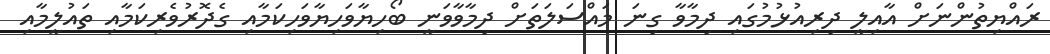
ރައްޔިތުންނަށް އާއިލީ ދިރިއުޅުމުގައި ދިމާވާ ގިނަ މައްސަލަތަށް ދިމާވާވަނީ ބޯހިޔާވަހިޔާވަހިކަމާއި ގެދޮރުވެރިކަމާއި ތައުލީމާއި